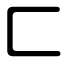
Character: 匚